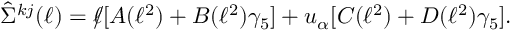
\displaystyle \hat { \Sigma } ^ { k j } ( \ell ) = \rlap / \ell [ A ( \ell ^ { 2 } ) + B ( \ell ^ { 2 } ) \gamma _ { 5 } ] + u _ { \alpha } [ C ( \ell ^ { 2 } ) + D ( \ell ^ { 2 } ) \gamma _ { 5 } ] .